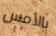
بالأمس